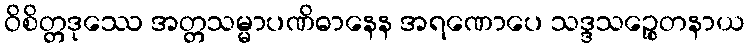
ဝိစိတ္တဒုဿေ အတ္တသမ္မာပဏိဓာနေန အရဏောပေ သဒ္ဒသဉ္စေတနာယ